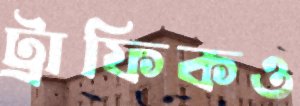
ট্রাফিকও